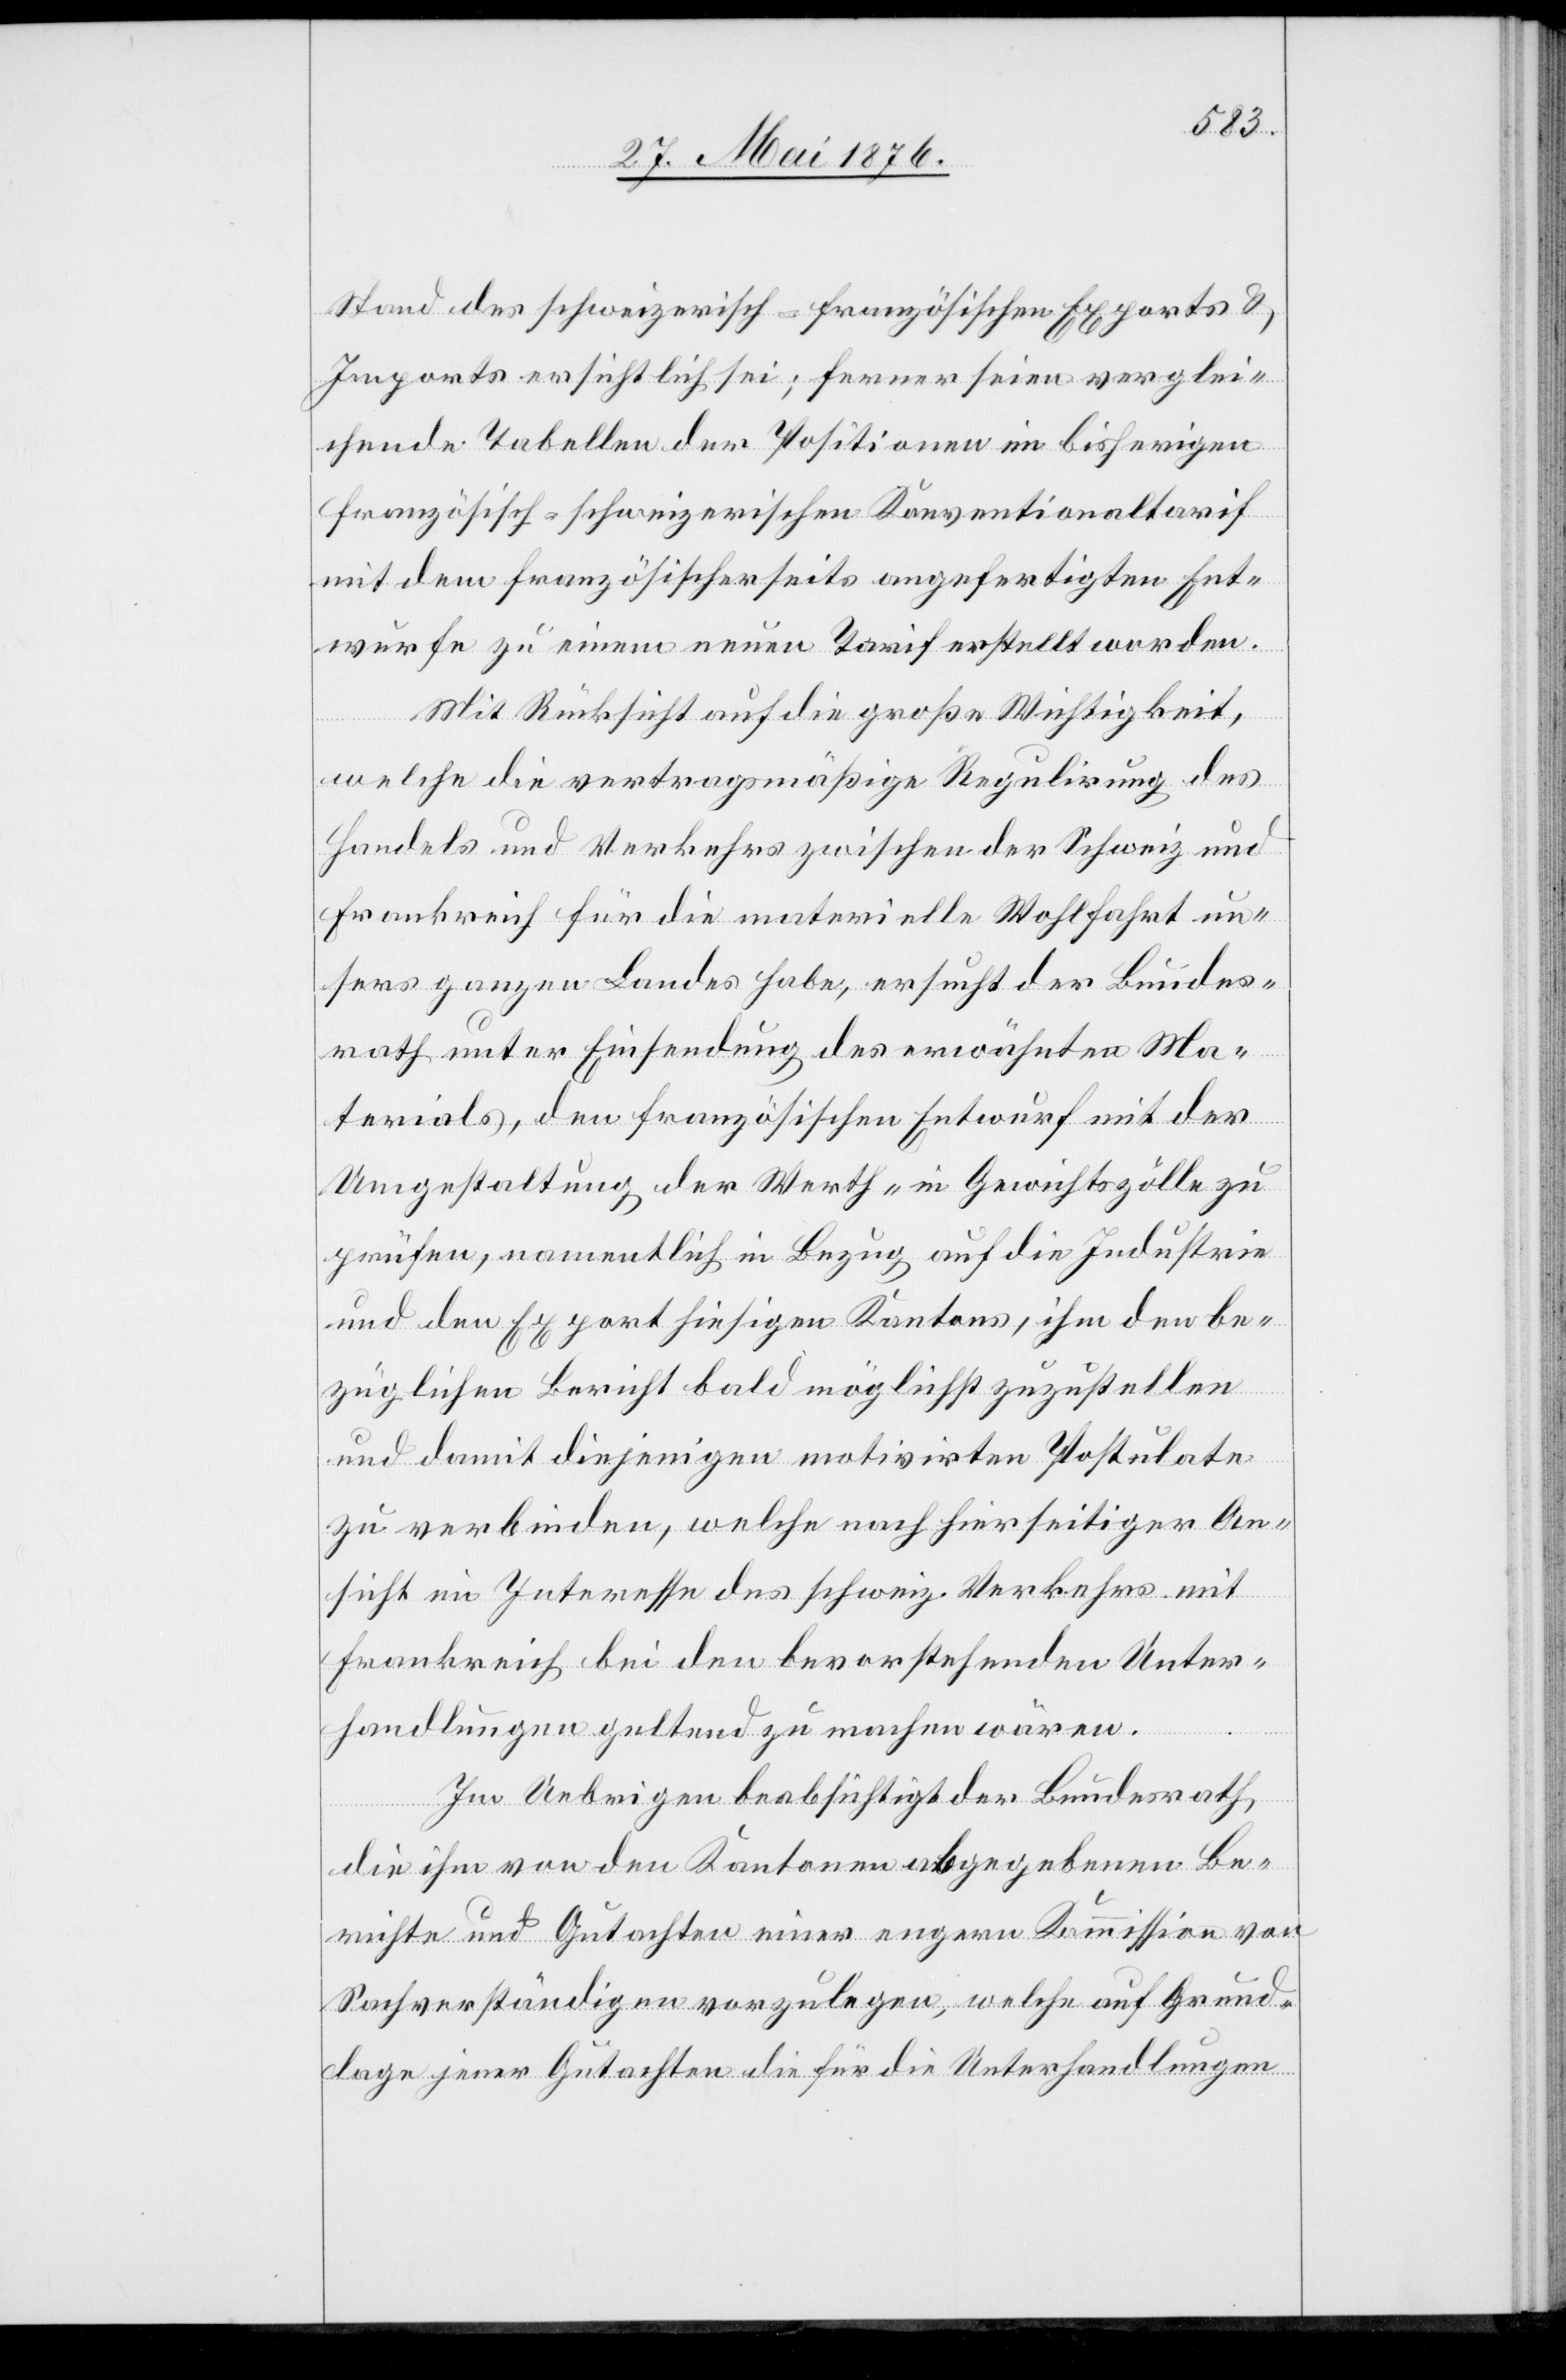
Stand des schweizerisch-französischen Exports &
Inventars ersichtlich sei; ferner seien verglei¬
chende Tabellen der Positionen im bisherigen
französisch-schweizerischen Konventionaltarif
mit dem französischerseits angefertigten Ent¬
wurfe zu einem neuen Tarif erstellt worden.
Mit Rücksicht auf die große Wichtigkeit,
welche die vertragsmäßige Regulierung des
Handels und Verkehrs zwischen der Schweiz und
Frankreich für die materielle Wohlfahrt un¬
sers ganzen Landes hab, ersucht der Bundes¬
rath unter Einsendung des erwähnten Ma¬
terials, den französischen Entwurf mit der
Umgestaltung der Werth- in Gewichtszölle zu
prüfen, namentlich in Bezug auf die Industrie
und den Export hiesigen Kantons, ihm den be¬
züglichen Bericht bald möglichst zuzustellen
und damit diejenigen motivirten Postulate
zu verbinden, welche nach hierseitiger An¬
sicht im Interesse des schweiz. Verkehrs mit
Frankreich bei den bevorstehenden Unter¬
handlungen geltend zu machen wären.
Im Uebrigen beabsichtigt der Bundesrath,
die ihm von den Kantonen abgegebenen Be¬
richte und Gutachten einer engern Kommission von
Sachverständigen vorzulegen, welche auf Grund¬
lage jener Gutachten die für die Unterhandlungen